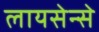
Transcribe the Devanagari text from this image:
लायसेन्से